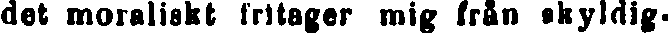
det moraliskt fritager mig från skyldig-